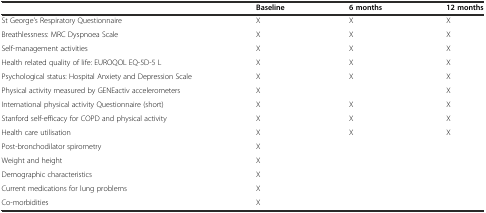
|  | Baseline | 6 months | 12 months |
 | --- | --- | --- | --- |
 | St George’s Respiratory Questionnaire | X | X | X |
 | Breathlessness: MRC Dyspnoea Scale | X | X | X |
 | Self-management activities | X | X | X |
 | Health related quality of life: EUROQOL EQ-5D-5 L | X | X | X |
 | Psychological status: Hospital Anxiety and Depression Scale | X | X | X |
 | Physical activity measured by GENEactiv accelerometers | X |  | X |
 | International physical activity Questionnaire (short) | X | X | X |
 | Stanford self-efficacy for COPD and physical activity | X | X | X |
 | Health care utilisation | X | X | X |
 | Post-bronchodilator spirometry | X |  |  |
 | Weight and height | X |  |  |
 | Demographic characteristics | X |  |  |
 | Current medications for lung problems | X |  |  |
 | Co-morbidities | X |  |  |